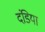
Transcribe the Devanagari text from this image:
दंडिया